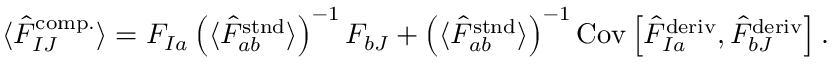
\begin{array} { r } { \langle \hat { F } _ { I J } ^ { \mathrm { c o m p . } } \rangle = F _ { I a } \left( \langle \hat { F } _ { a b } ^ { \mathrm { s t n d } } \rangle \right) ^ { - 1 } F _ { b J } + \left( \langle \hat { F } _ { a b } ^ { \mathrm { s t n d } } \rangle \right) ^ { - 1 } \mathrm { C o v } \left[ \hat { F } _ { I a } ^ { \mathrm { d e r i v } } , \hat { F } _ { b J } ^ { \mathrm { d e r i v } } \right] . } \end{array}